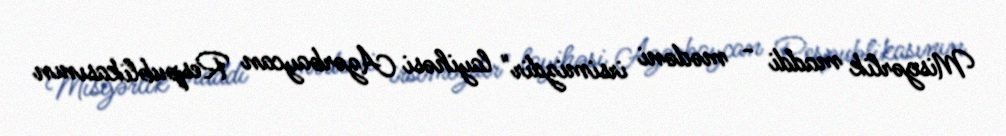
Misgərlik maddi - mədəni irsimizdir" layihəsi Azərbaycan Respublikasının